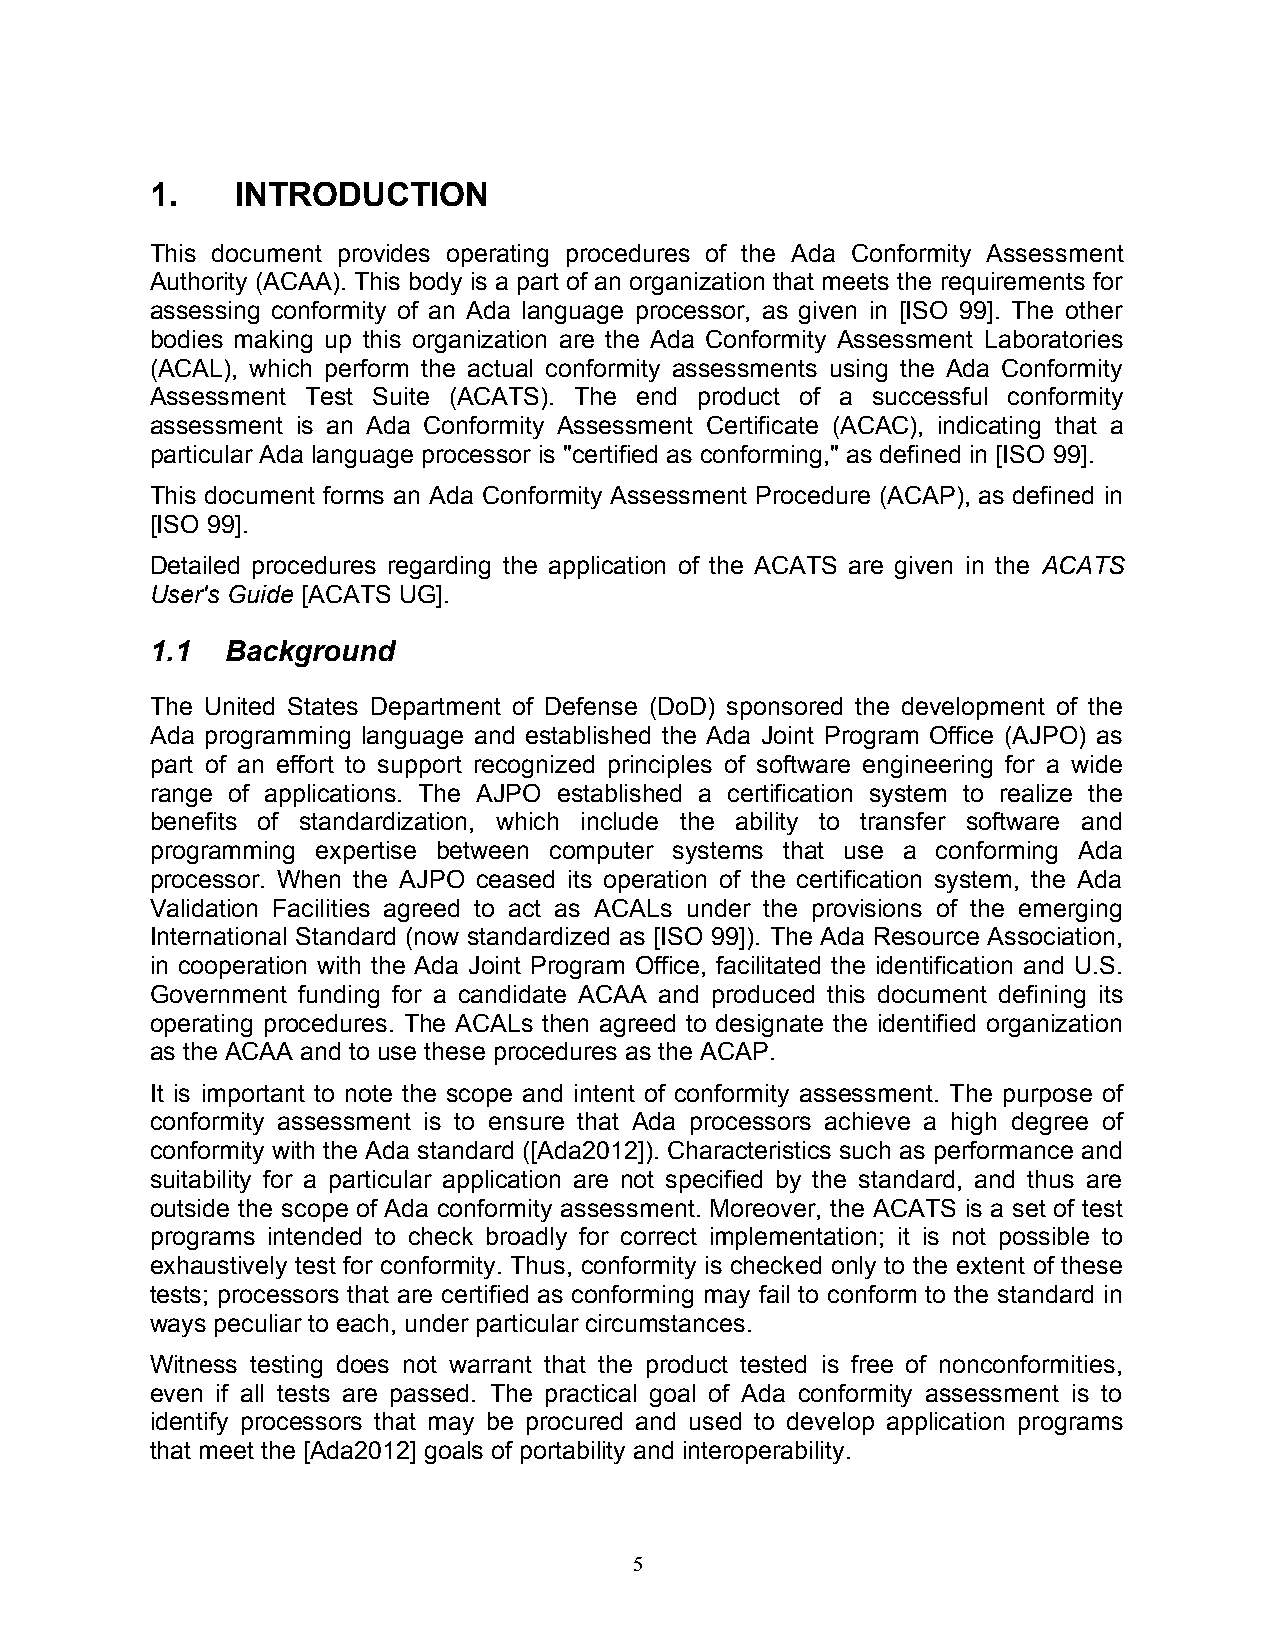
1.    INTRODUCTION
 This document provides operating procedures of the Ada Conformity Assessment
 Authority (ACAA). This body is a part of an organization that meets the requirements for
 assessing conformity of an Ada language processor, as given in [ISO 99]. The other
 bodies making up this organization are the Ada Conformity Assessment Laboratories
 (ACAL), which perform the actual conformity assessments using the Ada Conformity
 Assessment Test Suite (ACATS). The end product of a successful conformity
 assessment is an Ada Conformity Assessment Certificate (ACAC), indicating that a
 particular Ada language processor is "certified as conforming," as defined in [ISO 99].
 This document forms an Ada Conformity Assessment Procedure (ACAP), as defined in
 [ISO 99].
 Detailed procedures regarding the application of the ACATS are given in the ACATS
 User's Guide [ACATS UG].
 1.1  Background
 The United States Department of Defense (DoD) sponsored the development of the
 Ada programming language and established the Ada Joint Program Office (AJPO) as
 part of an effort to support recognized principles of software engineering for a wide
 range of applications. The AJPO established a certification system to realize the
 benefits of standardization, which include the ability to transfer software and
 programming expertise between computer systems that use a conforming Ada
 processor. When the AJPO ceased its operation of the certification system, the Ada
 Validation Facilities agreed to act as ACALs under the provisions of the emerging
 International Standard (now standardized as [ISO 99]). The Ada Resource Association,
 in cooperation with the Ada Joint Program Office, facilitated the identification and U.S.
 Government funding for a candidate ACAA and produced this document defining its
 operating procedures. The ACALs then agreed to designate the identified organization
 as the ACAA and to use these procedures as the ACAP.
 It is important to note the scope and intent of conformity assessment. The purpose of
 conformity assessment is to ensure that Ada processors achieve a high degree of
 conformity with the Ada standard ([Ada2012]). Characteristics such as performance and
 suitability for a particular application are not specified by the standard, and thus are
 outside the scope of Ada conformity assessment. Moreover, the ACATS is a set of test
 programs intended to check broadly for correct implementation; it is not possible to
 exhaustively test for conformity. Thus, conformity is checked only to the extent of these
 tests; processors that are certified as conforming may fail to conform to the standard in
 ways peculiar to each, under particular circumstances.
 Witness testing does not warrant that the product tested is free of nonconformities,
 even if all tests are passed. The practical goal of Ada conformity assessment is to
 identify processors that may be procured and used to develop application programs
 that meet the [Ada2012] goals of portability and interoperability.
 5